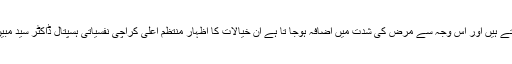
اس لئے لوگ مستند معالج سے مشورہ کے بجائے جعلی عاملوں اور فقیروں کا رخ کر تے ہیں اور اس وجہ سے مرض کی شدت میں اضافہ ہوجا تا ہے ان خیالات کا اظہار منتظم اعلیٰ کراچی نفسیاتی ہسپتال ڈاکٹر سید مبین اخترنے کراچی پریس کلب میں عالمی یوم مرگی کے موقع پر خطاب کے دوران کیا۔